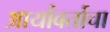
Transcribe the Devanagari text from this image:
आर्यावर्ताचा